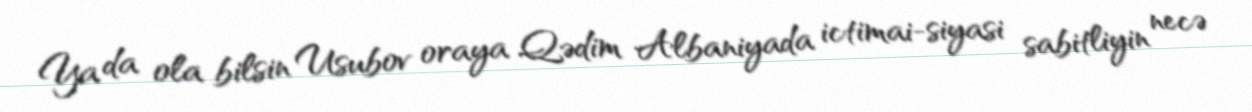
Ya da ola bilsin Usubov oraya Qədim Albaniyada ictimai-siyasi sabitliyin necə